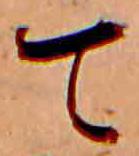
て